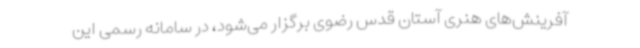
آفرینش‌های هنری آستان قدس رضوی برگزار می‌شود، در سامانه‌ رسمی این